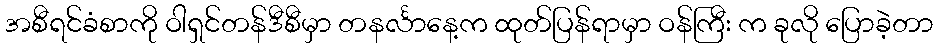
အစီရင်ခံစာကို ဝါရှင်တန်ဒီစီမှာ တနင်္လာနေ့က ထုတ်ပြန်ရာမှာ ဝန်ကြီး က ခုလို ပြောခဲ့တာ